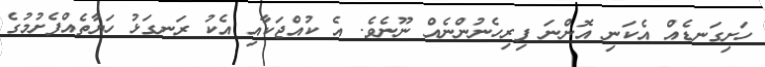
ހަށިގަނޑެއް އެކަނި އޮންނަ ފިރިހެނުންނެއް ނޫނެވެ. އެ ކުއްޖަކާއި އެކު ރަނގަޅު ހަޔާތެއްފެށުމުގެ